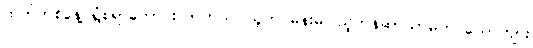
ထက်တစ်နေ့ ရွံစရာကောင်းလာတယ်၊ သူက မိန်းမပြည့်တန်ဆာသာမက ယောက်ျား